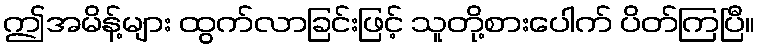
ဤအမိန့်များ ထွက်လာခြင်းဖြင့် သူတို့စားပေါက် ပိတ်ကြပြီ။